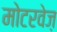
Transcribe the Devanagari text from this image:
मोटरवेज़